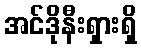
အင်ဒိုနီးရှားရှိ